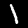
Digit: 1